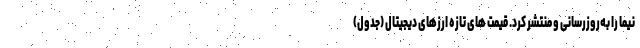
نیما را به‌روزرسانی و منتشر کرد. قیمت های تازه ارزهای دیجیتال (جدول)